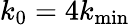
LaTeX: {{k}_{0}}=4{{k}_{\operatorname*{min}}}